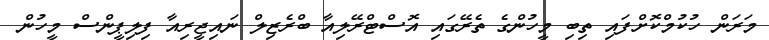
މަރަން ހުކުމްކޮށްފައި ތިިބި މީހުންގެ ތެރޭގައި އޮސްޓްރޭލިއާ ބްރެޒިލް ނައިޖީރިއާ ފިލިޕީންސް މީހުން